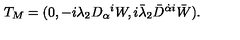
T _ { M } = ( 0 , - i \lambda _ { 2 } D _ { \alpha } { } ^ { i } W , i \bar { \lambda } _ { 2 } \bar { D } ^ { \dot { \alpha } i } \bar { W } ) .